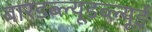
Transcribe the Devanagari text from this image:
बारडब्ल्यूडब्ल्यूई